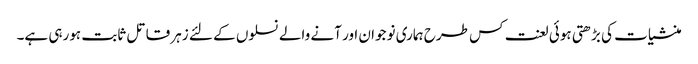
منشیات کی بڑھتی ہوئی لعنت کس طرح ہماری نوجوان اور آنے والے نسلوں کے لئے زہر قاتل ثابت ہورہی ہے۔